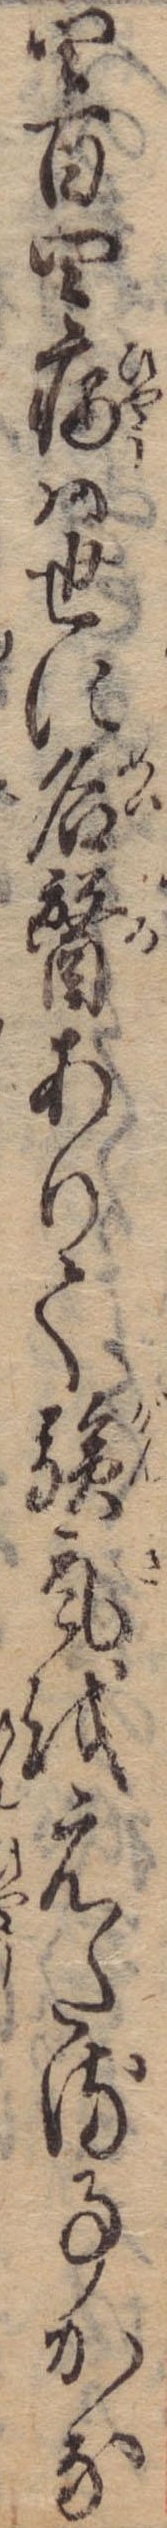
四百四病は世に名医ありて験気をえたる事かな